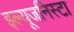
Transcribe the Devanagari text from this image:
इल्‍यूजनिस्‍टा